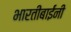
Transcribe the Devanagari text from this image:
भारतीबाईंनी